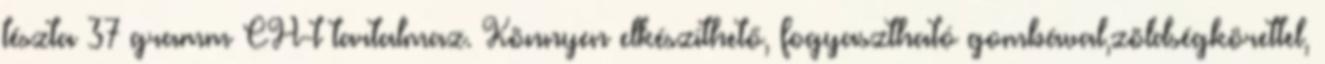
tészta 37 gramm CH-t tartalmaz. Könnyen elkészíthető, fogyasztható gombával,zöldségkörettel,